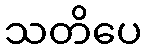
သတိပေ